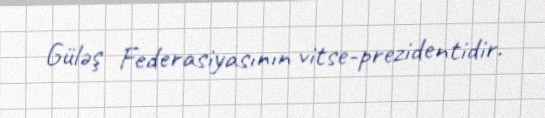
Güləş Federasiyasının vitse-prezidentidir.